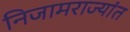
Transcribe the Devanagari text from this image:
निजामराज्यांत